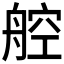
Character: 𬜖